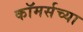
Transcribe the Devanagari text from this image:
कॉमर्सच्या